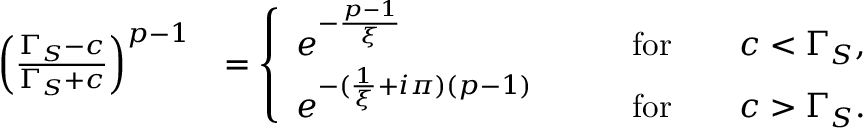
\begin{array} { r l } { \left( \frac { \Gamma _ { S } - c } { \Gamma _ { S } + c } \right) ^ { p - 1 } } & { = \left\{ \begin{array} { l l } { e ^ { - \frac { p - 1 } { \xi } } \qquad } & { \mathrm { f o r } \qquad c < \Gamma _ { S } , } \\ { e ^ { - ( \frac { 1 } { \xi } + i \pi ) ( p - 1 ) } \qquad } & { \mathrm { f o r } \qquad c > \Gamma _ { S } . } \end{array} \right. } \end{array}